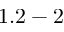
1 . 2 - 2